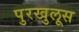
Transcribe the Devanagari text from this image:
पुरखुलूस